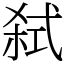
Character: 弑